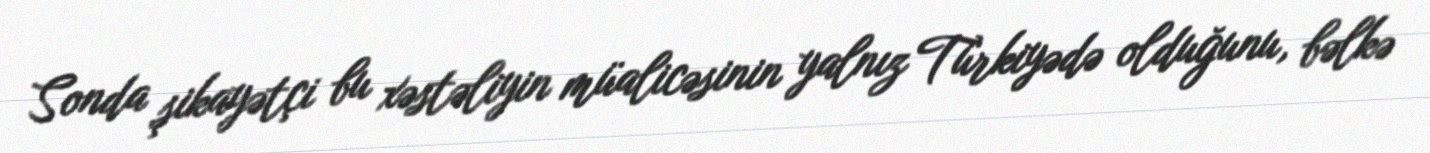
Sonda şikayətçi bu xəstəliyin müalicəsinin yalnız Türkiyədə olduğunu, bəlkə